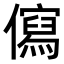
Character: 𭀄